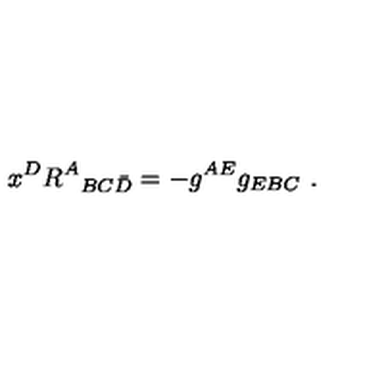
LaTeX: x ^ { D } R ^ { A } { } _ { B C \bar { D } } = - g ^ { A E } g _ { E B C } \ .